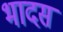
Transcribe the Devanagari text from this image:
भादसं